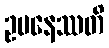
ဥပနေဿတိ